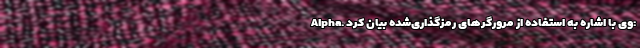
Alpha. وی با اشاره به استفاده از مرورگرهای رمزگذاری‌شده بیان کرد: